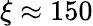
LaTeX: \xi\approx 150